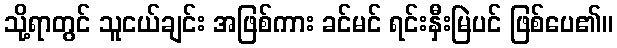
သို့ရာတွင် သူငယ်ချင်း အဖြစ်ကား ခင်မင် ရင်းနှီးမြဲပင် ဖြစ်ပေ၏။